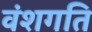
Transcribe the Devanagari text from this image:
वंशगति